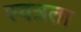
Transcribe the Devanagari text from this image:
स्वत्रता